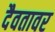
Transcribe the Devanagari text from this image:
दैवतावर